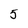
Character: 5